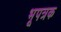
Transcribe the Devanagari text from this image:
भूपत्रक